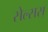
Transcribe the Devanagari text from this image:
सेल्सस्